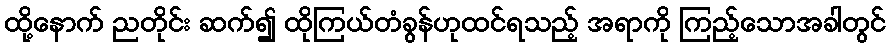
ထို့နောက် ညတိုင်း ဆက်၍ ထိုကြယ်တံခွန်ဟုထင်ရသည့် အရာကို ကြည့်သောအခါတွင်